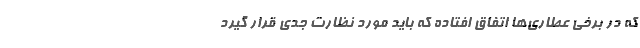
که در برخی عطاری‌ها اتفاق افتاده که باید مورد نظارت جدی قرار گیرد